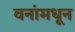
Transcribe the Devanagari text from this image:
वनांमधून